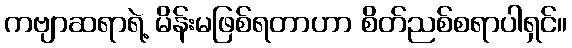
ကဗျာဆရာရဲ့ မိန်းမဖြစ်ရတာဟာ စိတ်ညစ်စရာပါရှင်။